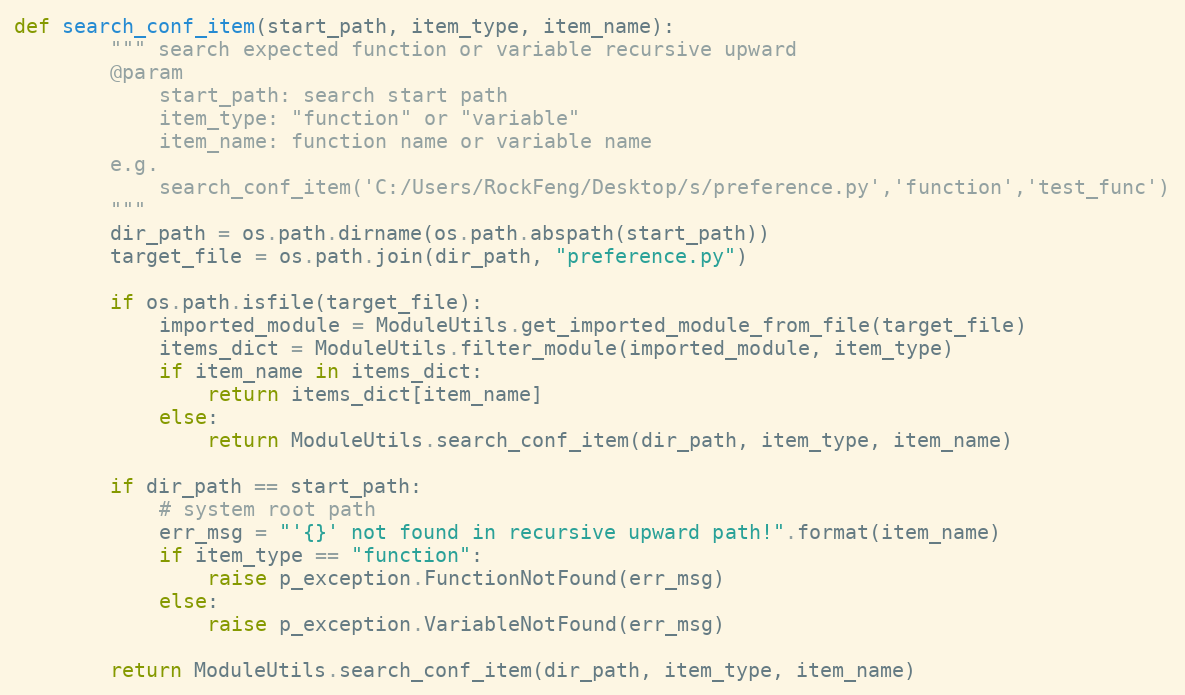
Language: Python
def search_conf_item(start_path, item_type, item_name):
        """ search expected function or variable recursive upward
        @param
            start_path: search start path
            item_type: "function" or "variable"
            item_name: function name or variable name
        e.g.
            search_conf_item('C:/Users/RockFeng/Desktop/s/preference.py','function','test_func')
        """
        dir_path = os.path.dirname(os.path.abspath(start_path))
        target_file = os.path.join(dir_path, "preference.py")

        if os.path.isfile(target_file):
            imported_module = ModuleUtils.get_imported_module_from_file(target_file)
            items_dict = ModuleUtils.filter_module(imported_module, item_type)
            if item_name in items_dict:
                return items_dict[item_name]
            else:
                return ModuleUtils.search_conf_item(dir_path, item_type, item_name)

        if dir_path == start_path:
            # system root path
            err_msg = "'{}' not found in recursive upward path!".format(item_name)
            if item_type == "function":
                raise p_exception.FunctionNotFound(err_msg)
            else:
                raise p_exception.VariableNotFound(err_msg)

        return ModuleUtils.search_conf_item(dir_path, item_type, item_name)